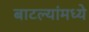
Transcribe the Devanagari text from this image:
बाटल्यांमध्ये